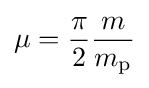
\mu ={\frac {\pi }{2}}{\frac {m}{m_{\mathrm {p} }}}